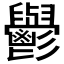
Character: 𮫘